Annual returns of the Patna Lunatic Asylum at Bankipore in Bihar and Orissa - 1912-1924
Year: 1912
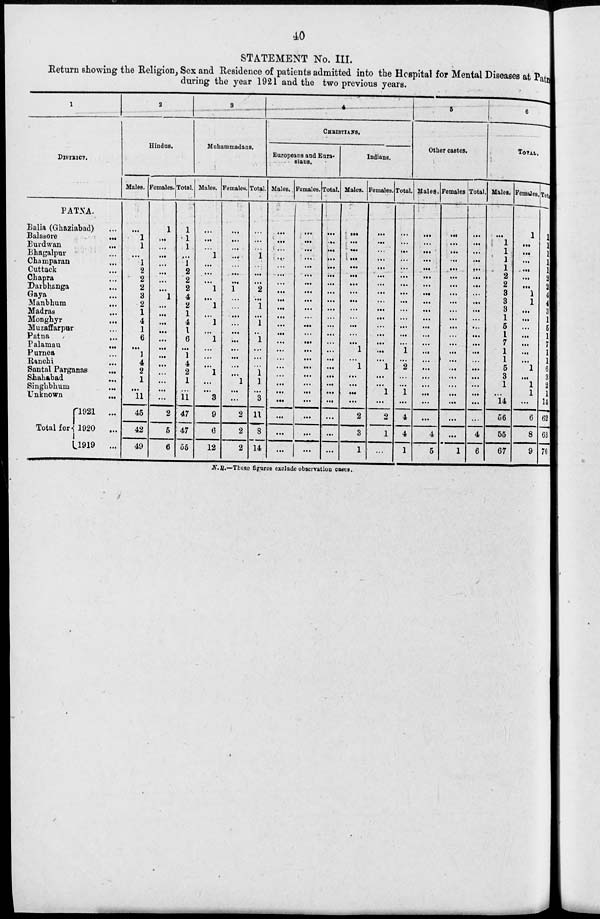
40
STATEMENT No. III.
Return showing the Religion, Sex and Residence of patients admitted into the Hospital for Mental Diseases at Patna
during the year 1921 and the two previous years.
1
DISTRICT.
PATNA.
Balia (Ghaziabad) ...
Balasore
...
Burdwan ...
Bhagalpur ...
Champaran ...
Cuttack ...
Chapra ...
Darbhanga ...
Gaya ...
Manbhum
...
Madras
...
Monghyr ...
Muzaffarpur ...
Patna ...
Palamau
...
Purnea ...
Ranchi ...
Santal Parganas ...
Shahabad ...
Singhbhum ...
Unknown
...
Total for
1921 ...
1920
...
1919
...
2
Hindus.
Males.
...
1
1
...
1
2
2
2
3
2
1
4
1
6
...
1
4
2
1
...
11
45
42
49
Females.
1
...
...
...
...
...
...
...
1
...
...
...
...
...
...
...
...
...
...
...
...
2
5
6
Total.
1
1
1
...
1
2
2
2
4
2
1
4
1
6
...
1
4
2
1
...
11
47
47
55
3
Muhammadans.
Males.
...
...
...
1
...
...
...
1
...
1
...
1
...
1
...
...
...
1
...
...
3
9
6
12
Females.
...
...
...
...
...
...
...
1
...
...
...
...
...
...
...
...
...
...
1
...
...
2
2
2
Total.
...
...
...
1
...
...
...
2
...
1
...
1
...
1
...
...
...
1
1
...
3
11
8
14
4
CHRISTIANS.
Europeans and Eura-
sians.
Males.
...
...
...
...
...
...
...
...
...
...
...
...
...
...
...
...
...
...
...
...
...
...
...
...
Females.
...
...
...
...
...
...
...
...
...
...
...
...
...
...
...
...
...
...
...
...
...
...
...
...
Total.
...
...
...
...
...
...
...
...
...
...
...
...
...
...
...
...
...
...
...
...
...
...
...
...
Indians.
Males.
...
...
...
...
...
...
...
...
...
...
...
...
...
...
1
...
1
...
...
...
...
2
3
1
Females.
...
...
...
...
...
...
...
...
...
...
...
...
...
...
...
...
1
...
...
1
...
2
1
...
Total.
...
...
...
...
...
...
...
...
...
...
...
...
...
...
1
...
2
...
...
1
...
4
4
1
5
Other castes.
Males.
...
...
...
...
...
...
...
...
...
...
...
...
...
...
...
...
...
...
...
...
...
...
4
5
Females.
...
...
...
...
...
...
...
...
...
...
...
...
...
...
...
...
...
...
...
...
...
...
...
1
Total.
...
...
...
...
...
...
...
...
...
...
...
...
...
...
...
...
...
...
...
...
...
...
4
6
6
TOTAL.
Males.
...
1
1
1
1
2
2
3
3
3
1
5
1
7
1
1
5
3
1
...
14
56
55
67
Females.
1
...
...
...
...
...
...
1
1
...
...
...
...
...
...
...
1
...
1
1
...
6
8
9
Total.
1
1
1
1
1
2
2
4
4
3
1
5
1
7
1
1
6
3
2
1
14
62
63
76
N.B.—These figures exclude observation cases.